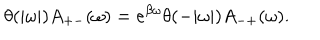
\theta ( | \omega | ) A _ { + - } ( \omega ) = e ^ { \beta \omega } \theta ( - | \omega | ) A _ { - + } ( \omega ) .